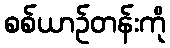
စစ်ယာဉ်တန်းကို